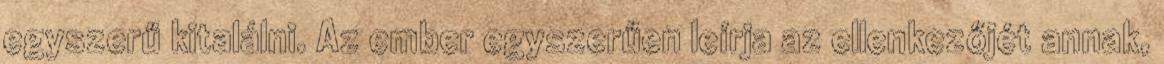
egyszerű kitalálni. Az ember egyszerűen leírja az ellenkezőjét annak,